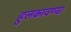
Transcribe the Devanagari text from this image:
हुलकावण्या